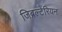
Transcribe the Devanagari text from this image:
जिब्रल्टेरियन